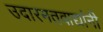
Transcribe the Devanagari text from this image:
उदारमतवाद्यांनी